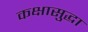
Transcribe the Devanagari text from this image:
कक्षासुद्धा